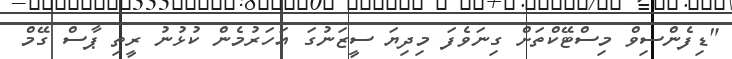
"ޑިފެންސިވް މިސްޓޭކްތަށް ގިނަވެފަ މިދިޔަ ސީޒަނުގަ އަހަރުމެން ކުޅުނު ރީތި ޕާސް ގޭމް